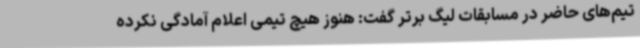
تیم‌های حاضر در مسابقات لیگ برتر گفت: هنوز هیچ تیمی اعلام آمادگی نکرده